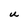
Character: U